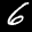
Label: 6